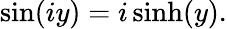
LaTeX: \sin(iy)=i\sinh(y).